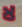
لا